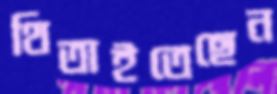
থিতাইতেছেন